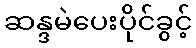
ဆန္ဒမဲပေးပိုင်ခွင့်